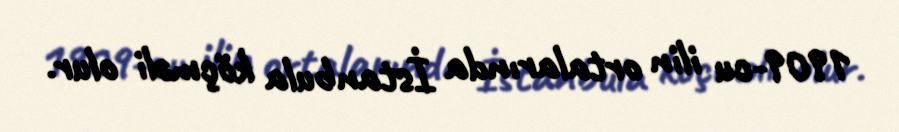
1909-cu ilin ortalarında İstanbula köçməli olur.